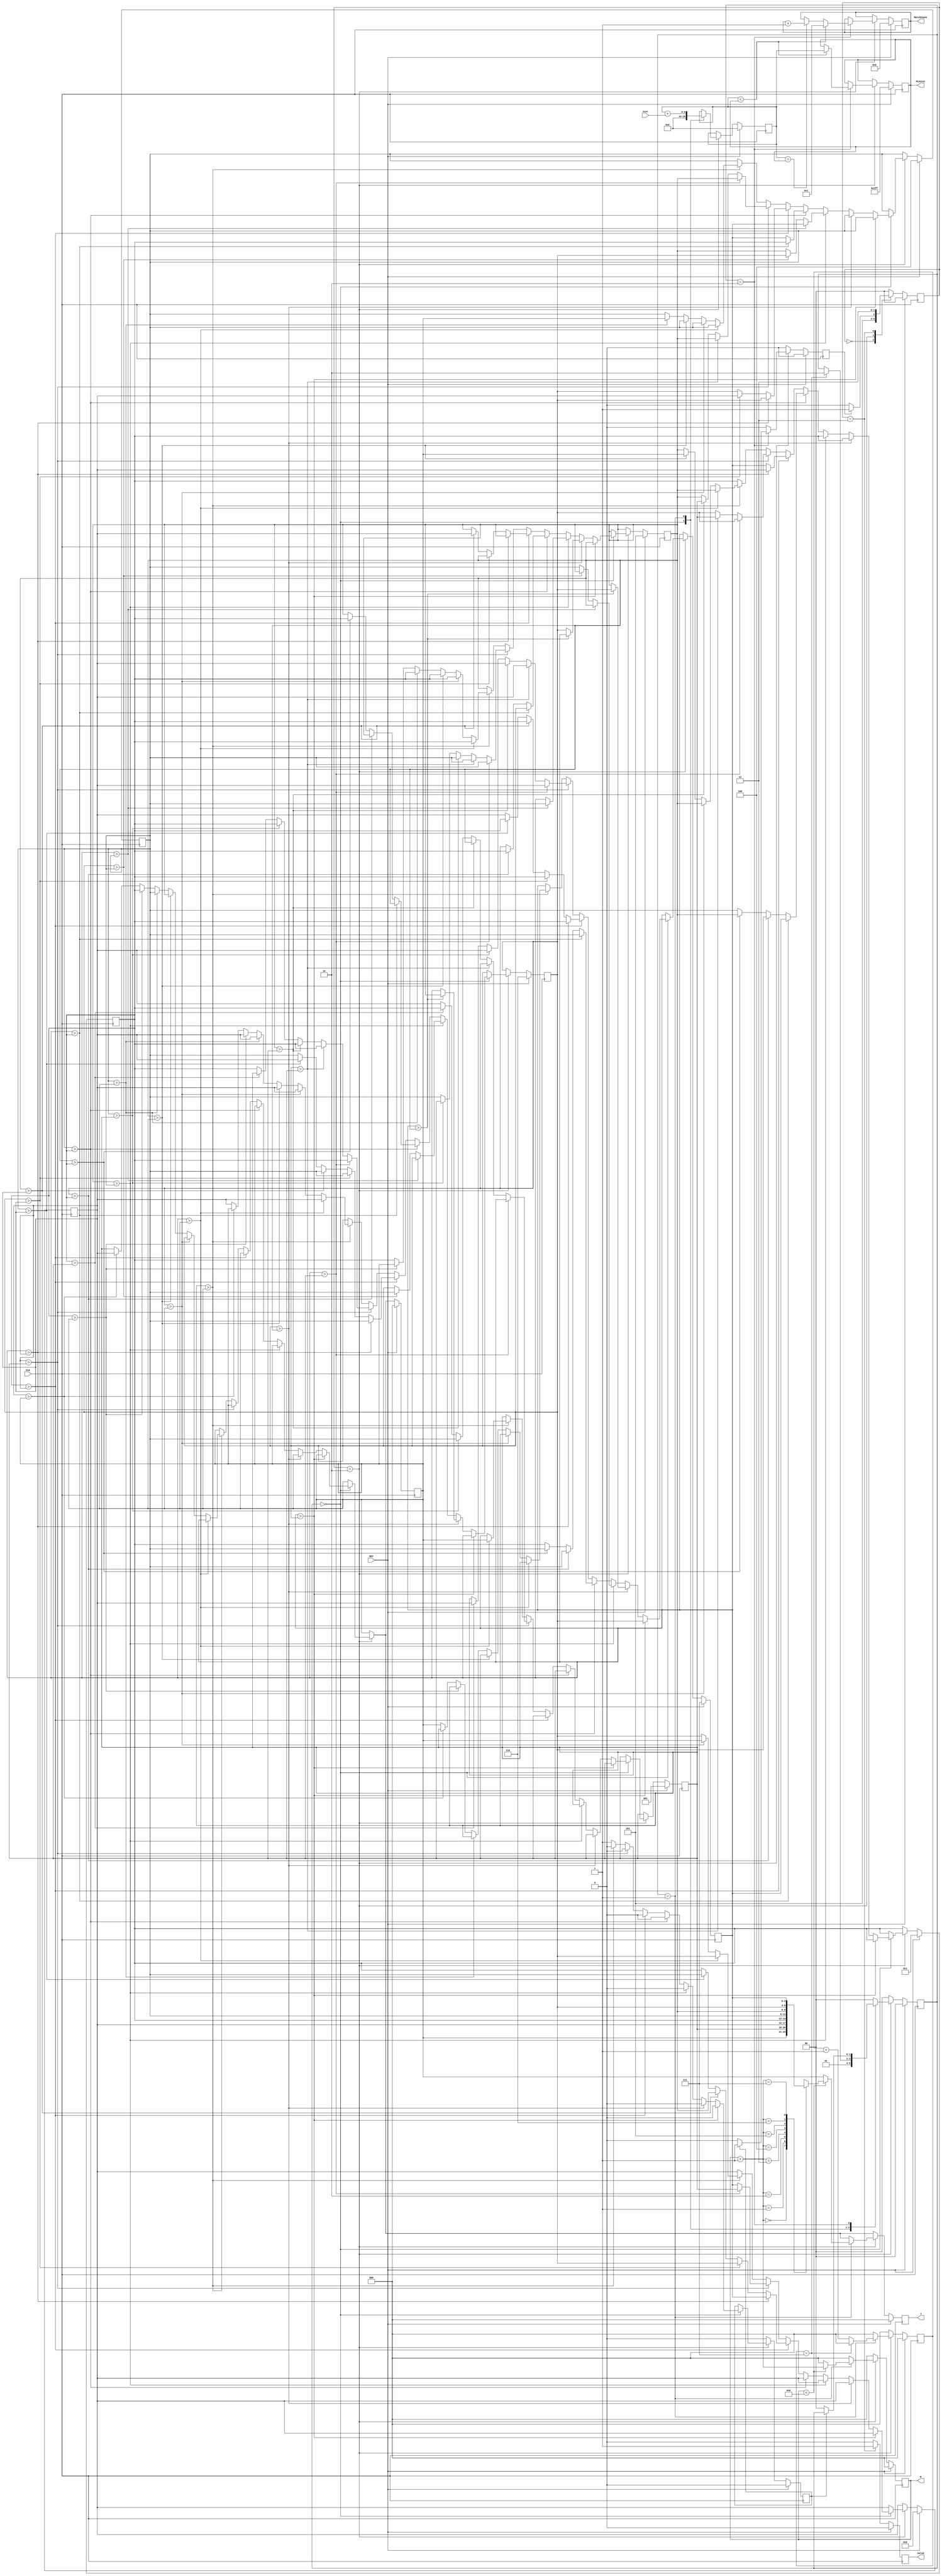
module JAM (
input CLK,
input RST,
output reg [2:0] W,
output reg [2:0] J,
input [6:0] Cost,
output reg [3:0] MatchCount,
output reg [9:0] MinCost,
output reg Valid );

localparam IDLE = 2'D0, SORT = 2'D2, OUTPUT = 2'D3;
localparam get_com = 2'D0, get_cost = 2'D1,comp_cost = 2'd2; 
integer map_i,i,j;
//state
reg [1:0]top_state,top_state_n;
reg access_finish,sort_finish,access_finish_n,sort_finish_n;
//access
reg [2:0]W_n,J_n;
/*
reg [6:0]cost_map_A[0:7];
reg [6:0]cost_map_B[0:7];
reg [6:0]cost_map_C[0:7];
reg [6:0]cost_map_D[0:7];
reg [6:0]cost_map_E[0:7];
reg [6:0]cost_map_F[0:7];
reg [6:0]cost_map_G[0:7];
reg [6:0]cost_map_H[0:7];
reg [6:0]cost_map_A_n[0:7];
reg [6:0]cost_map_B_n[0:7];
reg [6:0]cost_map_C_n[0:7];
reg [6:0]cost_map_D_n[0:7];
reg [6:0]cost_map_E_n[0:7];
reg [6:0]cost_map_F_n[0:7];
reg [6:0]cost_map_G_n[0:7];
reg [6:0]cost_map_H_n[0:7];
*/
//sort
reg [1:0]sort_state,sort_state_n;
reg comb_finish,comb_finish_n;
reg [2:0]combination[0:7];
reg [2:0]combination_n[0:7];
reg [9:0]now_cost, now_cost_n;
reg [9:0]MinCost_n;
reg [3:0]MatchCount_n;
reg [2:0]cost_cnt,cost_cnt_n;
//TOP STATE CTL
always@* begin
    case(top_state)
    IDLE: begin    
        top_state_n = SORT;
    end
        
    /*ACCESS: begin
        if(~access_finish) begin
            top_state_n = ACCESS;
        end 
        else begin
            top_state_n = SORT;
        end 
    end*/
    SORT: begin
        if(~sort_finish) begin
            top_state_n = SORT;
        end 
        else begin
            top_state_n = OUTPUT;
        end 
    end
    OUTPUT: begin
        top_state_n = OUTPUT; 
    end
    default: begin
        top_state_n = IDLE;
    end
    endcase
end

always@(posedge CLK) begin
    if(RST) begin
        top_state <= IDLE;
    end    
    else begin
        top_state <= top_state_n;
    end    
end

//ACCESS
/*
always@* begin
    case(top_state)
    ACCESS:begin
        case(W)
        3'D0: begin
            for (i = 0;i < 8; i = i + 1) begin
                if(J == i)begin
                    cost_map_A_n[i] = Cost;
                    cost_map_B_n[i] = cost_map_B[i];
                    cost_map_C_n[i] = cost_map_C[i];
                    cost_map_D_n[i] = cost_map_D[i];
                    cost_map_E_n[i] = cost_map_E[i];
                    cost_map_F_n[i] = cost_map_F[i];
                    cost_map_G_n[i] = cost_map_G[i];
                    cost_map_H_n[i] = cost_map_H[i];
                end
                else begin
                    cost_map_A_n[i] = cost_map_A[i];
                    cost_map_B_n[i] = cost_map_B[i];
                    cost_map_C_n[i] = cost_map_C[i];
                    cost_map_D_n[i] = cost_map_D[i];
                    cost_map_E_n[i] = cost_map_E[i];
                    cost_map_F_n[i] = cost_map_F[i];
                    cost_map_G_n[i] = cost_map_G[i];
                    cost_map_H_n[i] = cost_map_H[i];
                end
            end   
        end
        3'D1: begin
            for (i = 0;i < 8; i = i + 1) begin
                if(J == i)begin
                    cost_map_A_n[i] = cost_map_A[i];
                    cost_map_B_n[i] = Cost;
                    cost_map_C_n[i] = cost_map_C[i];
                    cost_map_D_n[i] = cost_map_D[i];
                    cost_map_E_n[i] = cost_map_E[i];
                    cost_map_F_n[i] = cost_map_F[i];
                    cost_map_G_n[i] = cost_map_G[i];
                    cost_map_H_n[i] = cost_map_H[i];
                end
                else begin
                    cost_map_A_n[i] = cost_map_A[i];
                    cost_map_B_n[i] = cost_map_B[i];
                    cost_map_C_n[i] = cost_map_C[i];
                    cost_map_D_n[i] = cost_map_D[i];
                    cost_map_E_n[i] = cost_map_E[i];
                    cost_map_F_n[i] = cost_map_F[i];
                    cost_map_G_n[i] = cost_map_G[i];
                    cost_map_H_n[i] = cost_map_H[i];
                end
            end
        end
        3'D2: begin
            for (i = 0;i < 8; i = i + 1) begin
                if(J == i)begin
                    cost_map_A_n[i] = cost_map_A[i];
                    cost_map_B_n[i] = cost_map_B[i];
                    cost_map_C_n[i] = Cost;
                    cost_map_D_n[i] = cost_map_D[i];
                    cost_map_E_n[i] = cost_map_E[i];
                    cost_map_F_n[i] = cost_map_F[i];
                    cost_map_G_n[i] = cost_map_G[i];
                    cost_map_H_n[i] = cost_map_H[i];
                end
                else begin
                    cost_map_A_n[i] = cost_map_A[i];
                    cost_map_B_n[i] = cost_map_B[i];
                    cost_map_C_n[i] = cost_map_C[i];
                    cost_map_D_n[i] = cost_map_D[i];
                    cost_map_E_n[i] = cost_map_E[i];
                    cost_map_F_n[i] = cost_map_F[i];
                    cost_map_G_n[i] = cost_map_G[i];
                    cost_map_H_n[i] = cost_map_H[i];
                end
            end
        end
        3'D3: begin
            for (i = 0;i < 8; i = i + 1) begin
                if(J == i)begin
                    cost_map_A_n[i] = cost_map_A[i];
                    cost_map_B_n[i] = cost_map_B[i];
                    cost_map_C_n[i] = cost_map_C[i];
                    cost_map_D_n[i] = Cost;
                    cost_map_E_n[i] = cost_map_E[i];
                    cost_map_F_n[i] = cost_map_F[i];
                    cost_map_G_n[i] = cost_map_G[i];
                    cost_map_H_n[i] = cost_map_H[i];
                end
                else begin
                    cost_map_A_n[i] = cost_map_A[i];
                    cost_map_B_n[i] = cost_map_B[i];
                    cost_map_C_n[i] = cost_map_C[i];
                    cost_map_D_n[i] = cost_map_D[i];
                    cost_map_E_n[i] = cost_map_E[i];
                    cost_map_F_n[i] = cost_map_F[i];
                    cost_map_G_n[i] = cost_map_G[i];
                    cost_map_H_n[i] = cost_map_H[i];
                end
            end
        end
        3'D4: begin
            for (i = 0;i < 8; i = i + 1) begin
                if(J == i)begin
                    cost_map_A_n[i] = cost_map_A[i];
                    cost_map_B_n[i] = cost_map_B[i];
                    cost_map_C_n[i] = cost_map_C[i];
                    cost_map_D_n[i] = cost_map_D[i];
                    cost_map_E_n[i] = Cost;
                    cost_map_F_n[i] = cost_map_F[i];
                    cost_map_G_n[i] = cost_map_G[i];
                    cost_map_H_n[i] = cost_map_H[i];
                end
                else begin
                    cost_map_A_n[i] = cost_map_A[i];
                    cost_map_B_n[i] = cost_map_B[i];
                    cost_map_C_n[i] = cost_map_C[i];
                    cost_map_D_n[i] = cost_map_D[i];
                    cost_map_E_n[i] = cost_map_E[i];
                    cost_map_F_n[i] = cost_map_F[i];
                    cost_map_G_n[i] = cost_map_G[i];
                    cost_map_H_n[i] = cost_map_H[i];
                end
            end
        end
        3'D5: begin
            for (i = 0;i < 8; i = i + 1) begin
                if(J == i)begin
                    cost_map_A_n[i] = cost_map_A[i];
                    cost_map_B_n[i] = cost_map_B[i];
                    cost_map_C_n[i] = cost_map_C[i];
                    cost_map_D_n[i] = cost_map_D[i];
                    cost_map_E_n[i] = cost_map_E[i];
                    cost_map_F_n[i] = Cost;
                    cost_map_G_n[i] = cost_map_G[i];
                    cost_map_H_n[i] = cost_map_H[i];
                end
                else begin
                    cost_map_A_n[i] = cost_map_A[i];
                    cost_map_B_n[i] = cost_map_B[i];
                    cost_map_C_n[i] = cost_map_C[i];
                    cost_map_D_n[i] = cost_map_D[i];
                    cost_map_E_n[i] = cost_map_E[i];
                    cost_map_F_n[i] = cost_map_F[i];
                    cost_map_G_n[i] = cost_map_G[i];
                    cost_map_H_n[i] = cost_map_H[i];
                end
            end
        end
        3'D6: begin
            for (i = 0;i < 8; i = i + 1) begin
                if(J == i)begin
                    cost_map_A_n[i] = cost_map_A[i];
                    cost_map_B_n[i] = cost_map_B[i];
                    cost_map_C_n[i] = cost_map_C[i];
                    cost_map_D_n[i] = cost_map_D[i];
                    cost_map_E_n[i] = cost_map_E[i];
                    cost_map_F_n[i] = cost_map_F[i];
                    cost_map_G_n[i] = Cost;
                    cost_map_H_n[i] = cost_map_H[i];
                end
                else begin
                    cost_map_A_n[i] = cost_map_A[i];
                    cost_map_B_n[i] = cost_map_B[i];
                    cost_map_C_n[i] = cost_map_C[i];
                    cost_map_D_n[i] = cost_map_D[i];
                    cost_map_E_n[i] = cost_map_E[i];
                    cost_map_F_n[i] = cost_map_F[i];
                    cost_map_G_n[i] = cost_map_G[i];
                    cost_map_H_n[i] = cost_map_H[i];
                end
            end
        end
        3'D7: begin
            for (i = 0;i < 8; i = i + 1) begin
                if(J == i)begin
                    cost_map_A_n[i] = cost_map_A[i];
                    cost_map_B_n[i] = cost_map_B[i];
                    cost_map_C_n[i] = cost_map_C[i];
                    cost_map_D_n[i] = cost_map_D[i];
                    cost_map_E_n[i] = cost_map_E[i];
                    cost_map_F_n[i] = cost_map_F[i];
                    cost_map_G_n[i] = cost_map_G[i];
                    cost_map_H_n[i] = Cost;
                end
                else begin
                    cost_map_A_n[i] = cost_map_A[i];
                    cost_map_B_n[i] = cost_map_B[i];
                    cost_map_C_n[i] = cost_map_C[i];
                    cost_map_D_n[i] = cost_map_D[i];
                    cost_map_E_n[i] = cost_map_E[i];
                    cost_map_F_n[i] = cost_map_F[i];
                    cost_map_G_n[i] = cost_map_G[i];
                    cost_map_H_n[i] = cost_map_H[i];
                end
            end
        end
        default: begin
            for (i = 0;i < 8; i = i + 1) begin
                begin
                    cost_map_A_n[i] = cost_map_A[i];
                    cost_map_B_n[i] = cost_map_B[i];
                    cost_map_C_n[i] = cost_map_C[i];
                    cost_map_D_n[i] = cost_map_D[i];
                    cost_map_E_n[i] = cost_map_E[i];
                    cost_map_F_n[i] = cost_map_F[i];
                    cost_map_G_n[i] = cost_map_G[i];
                    cost_map_H_n[i] = cost_map_H[i];
                end
            end
        end
        endcase
    end
    default: begin
        for (i = 0;i < 8; i = i + 1) begin
            begin
                cost_map_A_n[i] = cost_map_A[i];
                cost_map_B_n[i] = cost_map_B[i];
                cost_map_C_n[i] = cost_map_C[i];
                cost_map_D_n[i] = cost_map_D[i];
                cost_map_E_n[i] = cost_map_E[i];
                cost_map_F_n[i] = cost_map_F[i];
                cost_map_G_n[i] = cost_map_G[i];
                cost_map_H_n[i] = cost_map_H[i];
            end
        end
    end
    endcase
end   
always @* begin
    case(top_state)
    ACCESS: begin
        if(J == 7) begin
            W_n = W + 1;
            J_n = 0;
        end
        else begin
            W_n = W;
            J_n = J + 1;
        end
    end
    default: begin
        W_n = 0;
        J_n = 0; 
    end
    endcase
end 
always @* begin
    if(W_n == 7 && J_n == 7)begin
        access_finish_n = 1;
    end
    else begin
        access_finish_n = 0;
    end
end 
always @(posedge CLK) begin
    if(RST) begin
        W <= 0;
        J <= 0;
        for (map_i = 0;map_i < 8; map_i = map_i + 1) begin
            cost_map_A[map_i] <= 7'd0;
            cost_map_B[map_i] <= 7'd0;
            cost_map_C[map_i] <= 7'd0;
            cost_map_D[map_i] <= 7'd0;
            cost_map_E[map_i] <= 7'd0;
            cost_map_F[map_i] <= 7'd0;
            cost_map_G[map_i] <= 7'd0;
            cost_map_H[map_i] <= 7'd0;
        end
        access_finish <= 0;
    end
    else begin
        W <= W_n;
        J <= J_n;
        for (map_i = 0;map_i < 8; map_i = map_i + 1) begin
            cost_map_A[map_i] <= cost_map_A_n[map_i];
            cost_map_B[map_i] <= cost_map_B_n[map_i];
            cost_map_C[map_i] <= cost_map_C_n[map_i];
            cost_map_D[map_i] <= cost_map_D_n[map_i];
            cost_map_E[map_i] <= cost_map_E_n[map_i];
            cost_map_F[map_i] <= cost_map_F_n[map_i];
            cost_map_G[map_i] <= cost_map_G_n[map_i];
            cost_map_H[map_i] <= cost_map_H_n[map_i];
        end
        access_finish <= access_finish_n;
    end
end
*/
//sort
always @* begin
    case(top_state)
    SORT: begin
        case(sort_state)
        get_com: begin
            sort_state_n = get_cost; 
            cost_cnt_n = 0;
            sort_finish_n = 0;
        end
        get_cost: begin
            if(cost_cnt == 7) begin
                sort_state_n = comp_cost; 
                cost_cnt_n = 0;
                sort_finish_n = 0;
            end
            else begin
                sort_state_n = sort_state; 
                cost_cnt_n = cost_cnt + 1;
                sort_finish_n = 0;
            end
        end
        comp_cost: begin
            if(comb_finish) begin 
                sort_state_n = sort_state;
                cost_cnt_n = 0;
                sort_finish_n = 1;
            end 
            else begin
                sort_state_n = get_com;
                cost_cnt_n = 0;
                sort_finish_n = 0;
            end
        end
        default: begin
            sort_state_n = get_com;
            cost_cnt_n = 0;
            sort_finish_n = 0;
        end
        endcase 
    end
    default: begin
        sort_state_n = get_com;
        cost_cnt_n = 0;
        sort_finish_n = 0;
    end
    endcase
end
always @* begin
    case(top_state)
    SORT: begin
        case(sort_state)
        get_com: begin
            if (combination[7] > combination[6]) begin
                comb_finish_n = 0;
                for (j = 0;j < 6;j = j + 1) begin
                    combination_n[j] = combination[j];
                end
                combination_n[6] = combination[7];
                combination_n[7] = combination[6];
            end
            else if (combination[6] > combination[5]) begin
                comb_finish_n = 0;
                for (j = 0;j < 5;j = j + 1) begin
                    combination_n[j] = combination[j];
                end
                if (combination[7] > combination[5]) begin
                    combination_n[5] = combination[7];
                    combination_n[6] = combination[5];
                    combination_n[7] = combination[6];
                end
                else begin
                    combination_n[5] = combination[6];
                    combination_n[6] = combination[7];
                    combination_n[7] = combination[5];
                end
            end
            else if (combination[5] > combination[4]) begin
                comb_finish_n = 0;
                for (j = 0;j < 4;j = j + 1) begin
                    combination_n[j] = combination[j];
                end
                if (combination[7] > combination[4]) begin
                    combination_n[4] = combination[7];
                    combination_n[5] = combination[4];
                    combination_n[6] = combination[6];
                    combination_n[7] = combination[5];
                end
                else if (combination[6] > combination[4]) begin
                    combination_n[4] = combination[6];
                    combination_n[5] = combination[7];
                    combination_n[6] = combination[4];
                    combination_n[7] = combination[5];
                end
                else begin
                    combination_n[4] = combination[5];
                    combination_n[5] = combination[7];
                    combination_n[6] = combination[6];
                    combination_n[7] = combination[4];
                end
            end
            else if (combination[4] > combination[3]) begin
                comb_finish_n = 0;
                for (j = 0;j < 3;j = j + 1) begin
                    combination_n[j] = combination[j];
                end
                if (combination[7] > combination[3]) begin
                    combination_n[3] = combination[7];
                    combination_n[4] = combination[3];
                    combination_n[5] = combination[6];
                    combination_n[6] = combination[5];
                    combination_n[7] = combination[4];
                end
                else if (combination[6] > combination[3]) begin
                    combination_n[3] = combination[6];
                    combination_n[4] = combination[7];
                    combination_n[5] = combination[3];
                    combination_n[6] = combination[5];
                    combination_n[7] = combination[4];
                end
                else if (combination[5] > combination[3]) begin
                    combination_n[3] = combination[5];
                    combination_n[4] = combination[7];
                    combination_n[5] = combination[6];
                    combination_n[6] = combination[3];
                    combination_n[7] = combination[4];
                end
                else begin
                    combination_n[3] = combination[4];
                    combination_n[4] = combination[7];
                    combination_n[5] = combination[6];
                    combination_n[6] = combination[5];
                    combination_n[7] = combination[3];
                end
            end
            else if (combination[3] > combination[2]) begin
                comb_finish_n = 0;
                for (j = 0;j < 2;j = j + 1) begin
                    combination_n[j] = combination[j];
                end
                if (combination[7] > combination[2]) begin
                    combination_n[2] = combination[7];
                    combination_n[3] = combination[2];
                    combination_n[4] = combination[6];
                    combination_n[5] = combination[5];
                    combination_n[6] = combination[4];
                    combination_n[7] = combination[3];
                end
                else if (combination[6] > combination[2]) begin
                    combination_n[2] = combination[6];
                    combination_n[3] = combination[7];
                    combination_n[4] = combination[2];
                    combination_n[5] = combination[5];
                    combination_n[6] = combination[4];
                    combination_n[7] = combination[3];
                end
                else if (combination[5] > combination[2]) begin
                    combination_n[2] = combination[5];
                    combination_n[3] = combination[7];
                    combination_n[4] = combination[6];
                    combination_n[5] = combination[2];
                    combination_n[6] = combination[4];
                    combination_n[7] = combination[3];
                end
                else if (combination[4] > combination[2]) begin
                    combination_n[2] = combination[4];
                    combination_n[3] = combination[7];
                    combination_n[4] = combination[6];
                    combination_n[5] = combination[5];
                    combination_n[6] = combination[2];
                    combination_n[7] = combination[3];
                end
                else begin
                    combination_n[2] = combination[3];
                    combination_n[3] = combination[7];
                    combination_n[4] = combination[6];
                    combination_n[5] = combination[5];
                    combination_n[6] = combination[4];
                    combination_n[7] = combination[2];
                end
            end
            else if (combination[2] > combination[1]) begin
                comb_finish_n = 0;
                combination_n[0] = combination[0];
                if (combination[7] > combination[1]) begin
                    combination_n[1] = combination[7];
                    combination_n[2] = combination[1];
                    combination_n[3] = combination[6];
                    combination_n[4] = combination[5];
                    combination_n[5] = combination[4];
                    combination_n[6] = combination[3];
                    combination_n[7] = combination[2];
                end
                else if (combination[6] > combination[1]) begin
                    combination_n[1] = combination[6];
                    combination_n[2] = combination[7];
                    combination_n[3] = combination[1];
                    combination_n[4] = combination[5];
                    combination_n[5] = combination[4];
                    combination_n[6] = combination[3];
                    combination_n[7] = combination[2];
                end
                else if (combination[5] > combination[1]) begin
                    combination_n[1] = combination[5];
                    combination_n[2] = combination[7];
                    combination_n[3] = combination[6];
                    combination_n[4] = combination[1];
                    combination_n[5] = combination[4];
                    combination_n[6] = combination[3];
                    combination_n[7] = combination[2];
                end
                else if (combination[4] > combination[1]) begin
                    combination_n[1] = combination[4];
                    combination_n[2] = combination[7];
                    combination_n[3] = combination[6];
                    combination_n[4] = combination[5];
                    combination_n[5] = combination[1];
                    combination_n[6] = combination[3];
                    combination_n[7] = combination[2];
                end
                else if (combination[3] > combination[1]) begin
                    combination_n[1] = combination[3];
                    combination_n[2] = combination[7];
                    combination_n[3] = combination[6];
                    combination_n[4] = combination[5];
                    combination_n[5] = combination[4];
                    combination_n[6] = combination[1];
                    combination_n[7] = combination[2];
                end
                else begin
                    combination_n[1] = combination[2];
                    combination_n[2] = combination[7];
                    combination_n[3] = combination[6];
                    combination_n[4] = combination[5];
                    combination_n[5] = combination[4];
                    combination_n[6] = combination[3];
                    combination_n[7] = combination[1];
                end
            end
            else if (combination[1] > combination[0]) begin
                comb_finish_n = 0;
                if (combination[7] > combination[0]) begin
                    combination_n[0] = combination[7];
                    combination_n[1] = combination[0];
                    combination_n[2] = combination[6];
                    combination_n[3] = combination[5];
                    combination_n[4] = combination[4];
                    combination_n[5] = combination[3];
                    combination_n[6] = combination[2];
                    combination_n[7] = combination[1];
                end
                else if (combination[6] > combination[0]) begin
                    combination_n[0] = combination[6];
                    combination_n[1] = combination[7];
                    combination_n[2] = combination[0];
                    combination_n[3] = combination[5];
                    combination_n[4] = combination[4];
                    combination_n[5] = combination[3];
                    combination_n[6] = combination[2];
                    combination_n[7] = combination[1];
                end
                else if (combination[5] > combination[0]) begin
                    combination_n[0] = combination[5];
                    combination_n[1] = combination[7];
                    combination_n[2] = combination[6];
                    combination_n[3] = combination[0];
                    combination_n[4] = combination[4];
                    combination_n[5] = combination[3];
                    combination_n[6] = combination[2];
                    combination_n[7] = combination[1];
                end
                else if (combination[4] > combination[0]) begin
                    combination_n[0] = combination[4];
                    combination_n[1] = combination[7];
                    combination_n[2] = combination[6];
                    combination_n[3] = combination[5];
                    combination_n[4] = combination[0];
                    combination_n[5] = combination[3];
                    combination_n[6] = combination[2];
                    combination_n[7] = combination[1];
                end
                else if (combination[3] > combination[0]) begin
                    combination_n[0] = combination[3];
                    combination_n[1] = combination[7];
                    combination_n[2] = combination[6];
                    combination_n[3] = combination[5];
                    combination_n[4] = combination[4];
                    combination_n[5] = combination[0];
                    combination_n[6] = combination[2];
                    combination_n[7] = combination[1];
                end
                else if (combination[2] > combination[0]) begin
                    combination_n[0] = combination[2];
                    combination_n[1] = combination[7];
                    combination_n[2] = combination[6];
                    combination_n[3] = combination[5];
                    combination_n[4] = combination[4];
                    combination_n[5] = combination[3];
                    combination_n[6] = combination[0];
                    combination_n[7] = combination[1];
                end
                else begin
                    combination_n[0] = combination[1];
                    combination_n[1] = combination[7];
                    combination_n[2] = combination[6];
                    combination_n[3] = combination[5];
                    combination_n[4] = combination[4];
                    combination_n[5] = combination[3];
                    combination_n[6] = combination[2];
                    combination_n[7] = combination[0];
                end
            end
            else begin
                comb_finish_n = 1;
                for (j = 0;j < 8;j = j + 1) begin
                    combination_n[j] = combination[j];
                end
            end
        end
        default: begin
            comb_finish_n = comb_finish;
            for (j = 0;j < 8;j = j + 1) begin
                combination_n[j] = combination[j];
            end
        end
        endcase
    end
    default: begin
        comb_finish_n = 0;
        for (j = 0;j < 8;j = j + 1) begin
            combination_n[j] = combination[j];
        end
    end
    endcase
end
always @* begin
    case(top_state)
    SORT: begin
        case(sort_state)
            get_com: begin
                W_n = 0;
                J_n = combination_n[0];
            end
            get_cost: begin
                if(W < 8) begin
                    W_n = W + 1;
                    J_n = combination[W_n];
                end
                else begin
                    W_n = 0;
                    J_n = combination[0];
                end
            end
            comp_cost: begin
                W_n = 0;
                J_n = combination_n[0]; 
            end
            default: begin
                W_n = 0;
                J_n = combination_n[0]; 
            end
        endcase
    end
    default: begin
        W_n = 0;
        J_n = combination_n[0];
    end
    endcase
end
always @* begin
    case(top_state)
    SORT: begin
        case(sort_state)
            get_com: begin
                now_cost_n = 0;
            end
            get_cost: begin
                now_cost_n = now_cost + Cost;
            end
            comp_cost: begin
                now_cost_n = now_cost; 
            end
            default: begin
                now_cost_n = now_cost; 
            end
        endcase
    end 
    default: begin
        now_cost_n = now_cost;
    end
    endcase
end
always @* begin
    case(top_state)
    SORT: begin
        case(sort_state)
            get_com: begin
                MinCost_n = MinCost;
                MatchCount_n = MatchCount;
            end
            get_cost: begin
                MinCost_n = MinCost;
                MatchCount_n = MatchCount;
            end
            comp_cost: begin
                if(now_cost < MinCost) begin
                    MinCost_n = now_cost;
                    MatchCount_n = 1; 
                end
                else if (now_cost == MinCost) begin
                    MinCost_n = MinCost;
                    MatchCount_n = MatchCount + 1;
                end
                else begin
                    MinCost_n = MinCost;
                    MatchCount_n = MatchCount; 
                end 
            end
            default: begin
                MinCost_n = MinCost;
                MatchCount_n = MatchCount;
            end
        endcase
        
    end 
    default: begin
        MinCost_n = MinCost;
        MatchCount_n = MatchCount;
    end
    endcase
end
always @(posedge CLK) begin
    if (RST) begin
        sort_state <= get_com;
        combination[0] <= 3'D0;
        combination[1] <= 3'D1;
        combination[2] <= 3'D2;
        combination[3] <= 3'D3;
        combination[4] <= 3'D4;
        combination[5] <= 3'D5;
        combination[6] <= 3'D6;
        combination[7] <= 3'D7;
        MinCost <= ~10'D0;
        MatchCount <= 0;
        comb_finish <= 0;
        sort_finish <= 0;
        now_cost <= 0;
        cost_cnt <= 0;
        W <= 0;
        J <= 0;
    end
    else begin
        sort_state <= sort_state_n;
        for (j = 0;j < 8;j = j + 1) begin
            combination[j] <= combination_n[j];
        end
        MinCost <= MinCost_n;
        MatchCount <= MatchCount_n;
        comb_finish <= comb_finish_n;
        sort_finish <= sort_finish_n;
        now_cost <= now_cost_n;
        cost_cnt <= cost_cnt_n;
        W <= W_n;
        J <= J_n;
    end
end
//output
always @(posedge CLK) begin
    if (RST) begin
        Valid <= 0;
    end
    else if(top_state == OUTPUT) begin
        Valid <= 1;
    end
    else begin
        Valid <= 0;
    end
end
endmodule